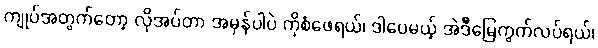
ကျုပ်အတွက်တော့ လိုအပ်တာ အမှန်ပါပဲ ကိုစံဖေရယ်၊ ဒါပေမယ့် အဲဒီမြေကွက်လပ်ရယ်၊